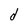
Character: d